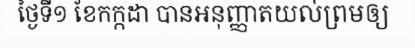
ថ្ងៃទី១ ខែកក្កដា បានអនុញ្ញាតយល់ព្រមឲ្យ